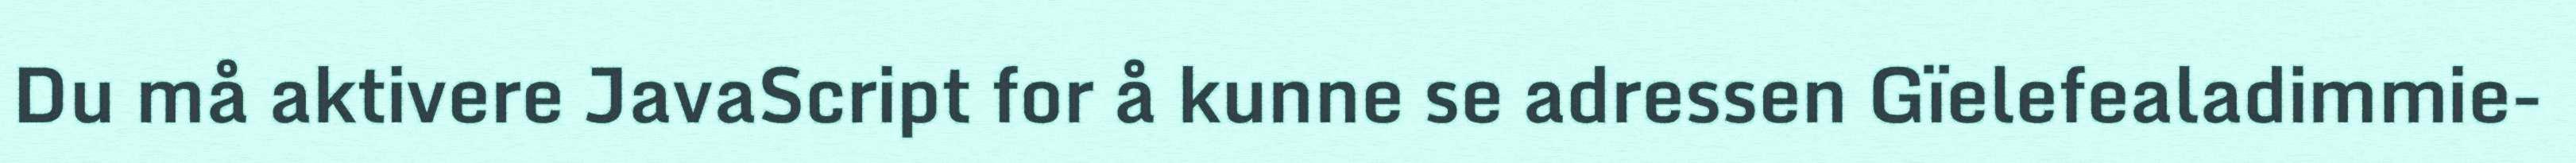
Du må aktivere JavaScript for å kunne se adressen Gïelefealadimmie-